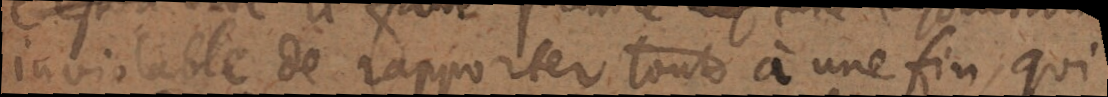
inviolable de rapporter tout à une fin qui